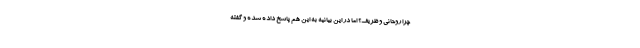
چرا روحانی و ظریف؟ اما در این بیانیه به این هم پاسخ داده شده و گفته